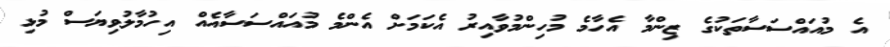
އެ މުއައްސަސާތަކުގެ ޒިންމާ އެހާމެ މުހިންމުވާއިރު އެކަމަށް އެންމެ މުއައްސަސާއެއް އިހުމާލުވިޔަސް މުޅި